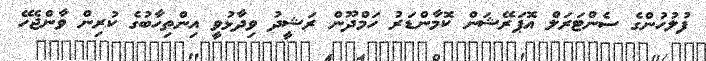
ފުލުހުންގެ ސެންޓަރަލް އޮޕަރޭޝަން ކޮމާންޑަރު ހަމްދޫން ރަޝީދު ވިދާޅުވީ އިންތިހާބުގެ ކުރިން ވާންޖެހޭ